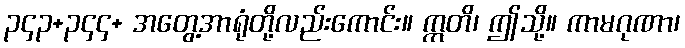
၃၄၃+၃၄၄+ အတွေ့အာရုံတို့လည်းကောင်း။ ဣတိ၊ ဤသို့။ ကာမဂုဏာ၊